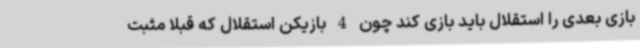
بازی بعدی را استقلال باید بازی کند چون 4 بازیکن استقلال که قبلا مثبت